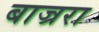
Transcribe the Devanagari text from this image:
बाज्ररा